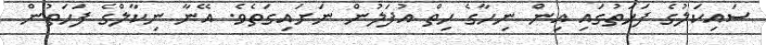
ސައިކަލުގެ ފަހަތުގައި އިން ނިހާގެ ހިތް އުފަލުން ނަށައިގަތެވެ. އޭނާ ނިކާލްގެ ފަހަތުން